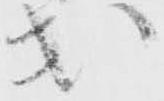
出